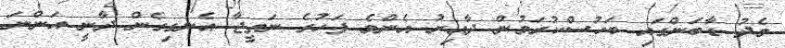
މެދު ޑާބަންގައި ބަހުސްކުރަމުން ދާއިރު އެންމެ ފަހުގެ ނަތީޖާ އެނގިގެން ދާނީ އަންނަ